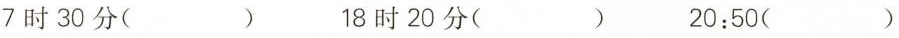
7时30分（）18时20分（）20:50（）